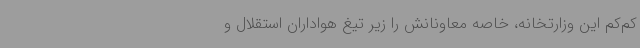
کم‌کم این وزارتخانه، خاصه معاونانش را زیر تیغ هواداران استقلال و